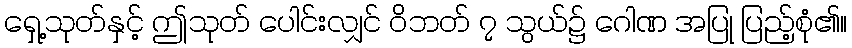
ရှေ့သုတ်နှင့် ဤသုတ် ပေါင်းလျှင် ဝိဘတ် ၇ သွယ်၌ ဂေါဏ အပြု ပြည့်စုံ၏။